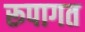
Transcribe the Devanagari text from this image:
रूपागत